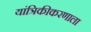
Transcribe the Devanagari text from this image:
यांत्रिकीकरणाला